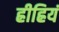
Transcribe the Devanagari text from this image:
ह्रीह्रियं